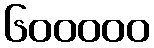
၆၀၀၀၀၀